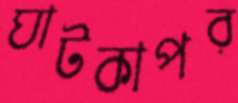
ঘাটকাপর